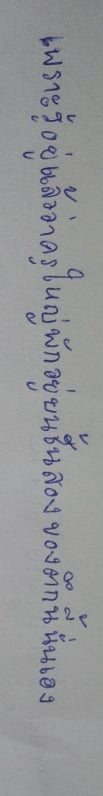
เพราะรู้อยู่แล้วว่าครูใหญ่พักอยู่บนชั้นสองของตึกนี้นั่นเอง